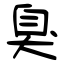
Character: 臭